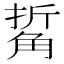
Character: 𧣯